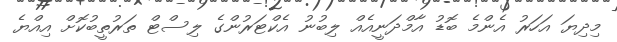
މިދިޔަ އަހަރު އެންމެ ބޮޑު އާމްދަނީއެއް ލިބުނު އެކްޓަރުންގެ ލިސްޓް ތަރުތީބުކޮށް އިއްޔެ